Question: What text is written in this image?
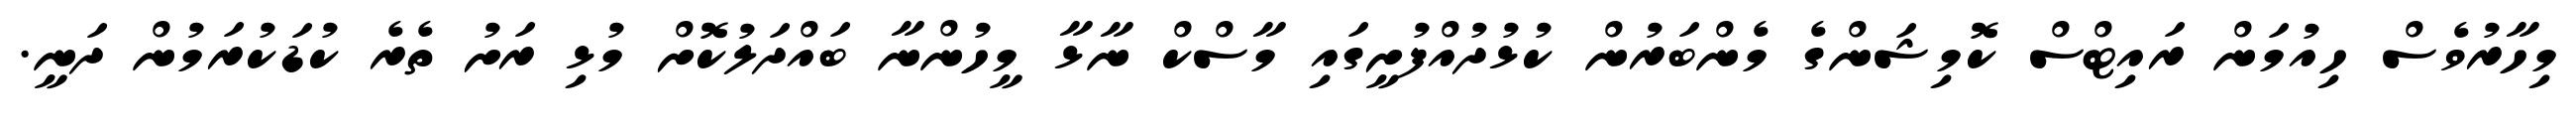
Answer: މިހާރުވެސް ހިއުމަން ރައިޓްސް ކޮމިޝަންގެ މެންބަރުން ކުޅުދުއްފުށީގައި މާސްކް ނާޅާ މީހުންނާ ބައްދަލުކޮށް މުޅި ރަށު ތެރެ ކުޑަކުރަމުން ދަނީ.